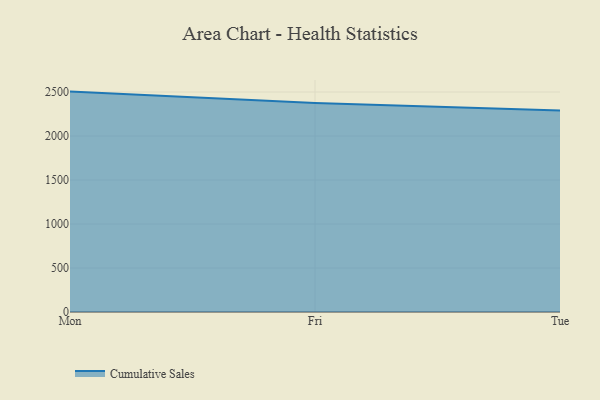
{"axis": {"x": "Day", "y": "Shipments"}, "legend": ["Cumulative Sales"], "data": [{"x": "Mon", "y": 2504.6, "type": "Cumulative Sales"}, {"x": "Fri", "y": 2374.9, "type": "Cumulative Sales"}, {"x": "Tue", "y": 2289.9, "type": "Cumulative Sales"}]}